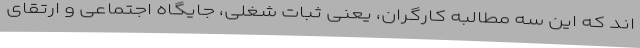
اند که این سه مطالبه کارگران، یعنی ثبات شغلی، جایگاه اجتماعی و ارتقای